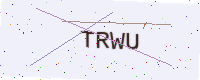
Text: TRWU